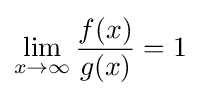
\lim _{x\to \infty }{\frac {f(x)}{g(x)}}=1